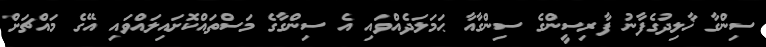
ސިންގާ ޚާލިދުގެފާނު ފާރިސީންގެ ސިންގާއާ ޙަމަލަދެއްވައި އެ ސިންގާގެ މަސްތައްކޮށައިލައްވައި އޭގެ މައްޗަށް